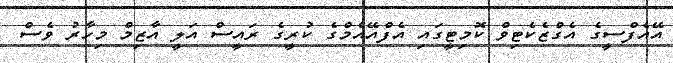
އޭއެފްސީގެ އެގްޒެކެޓިވް ކޮމިޓީގައި އެފްއޭއެމްގެ ކުރީގެ ރައީސް އަލީ އާޒިމް މިހާރު ވެސް